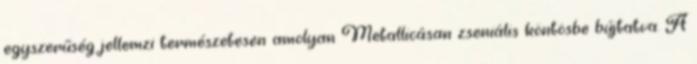
egyszerűség jellemzi természetesen amolyan Metallicásan zseniális köntösbe bújtatva. A